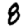
Digit: 8